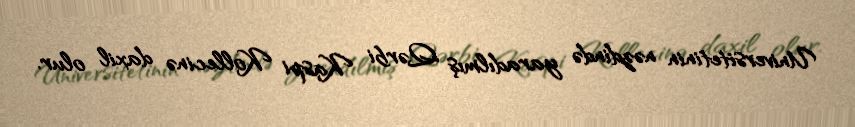
Universitetinin nəzdində yaradılmış Qərbi Kaspi Kollecinə daxil olur.